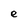
Character: e